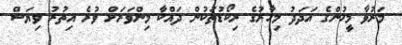
މަރުވާ މީހުންގެ އަދަދު މިހާރުގެ ރިކޯޑުތަކުން ދައްކާ މިންވަރަށް ވުރެ އިތުރު ވިޔަސް